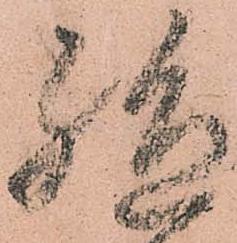
絶